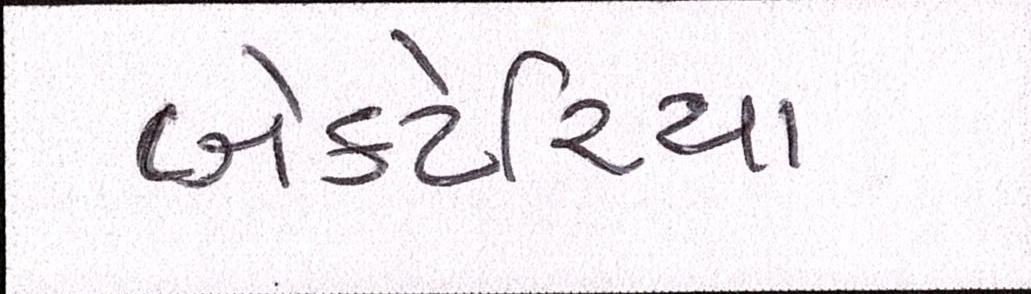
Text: બેક્ટેરિયા